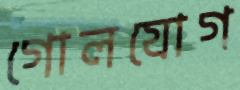
গোলযোগ